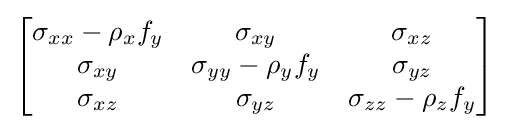
\left[{\begin{matrix}\sigma _{xx}-\rho _{x}f_{y}&\sigma _{xy}&\sigma _{xz}\\\sigma _{xy}&\sigma _{yy}-\rho _{y}f_{y}&\sigma _{yz}\\\sigma _{xz}&\sigma _{yz}&\sigma _{zz}-\rho _{z}f_{y}\\\end{matrix}}\right]